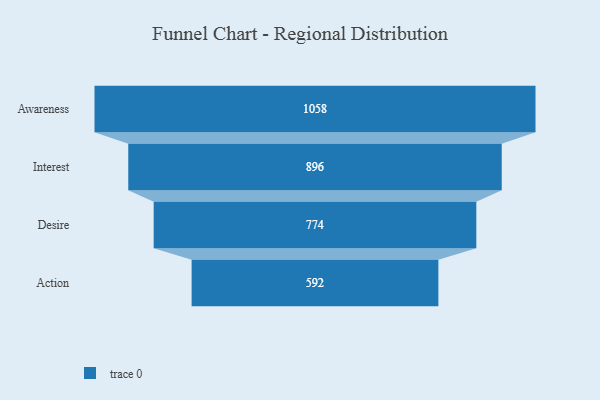
{"axis": {"x": "Stage", "y": "Value"}, "legend": [""], "data": [{"x": "Awareness", "y": 1058.0, "type": ""}, {"x": "Interest", "y": 896.0, "type": ""}, {"x": "Desire", "y": 774.0, "type": ""}, {"x": "Action", "y": 592.0, "type": ""}]}